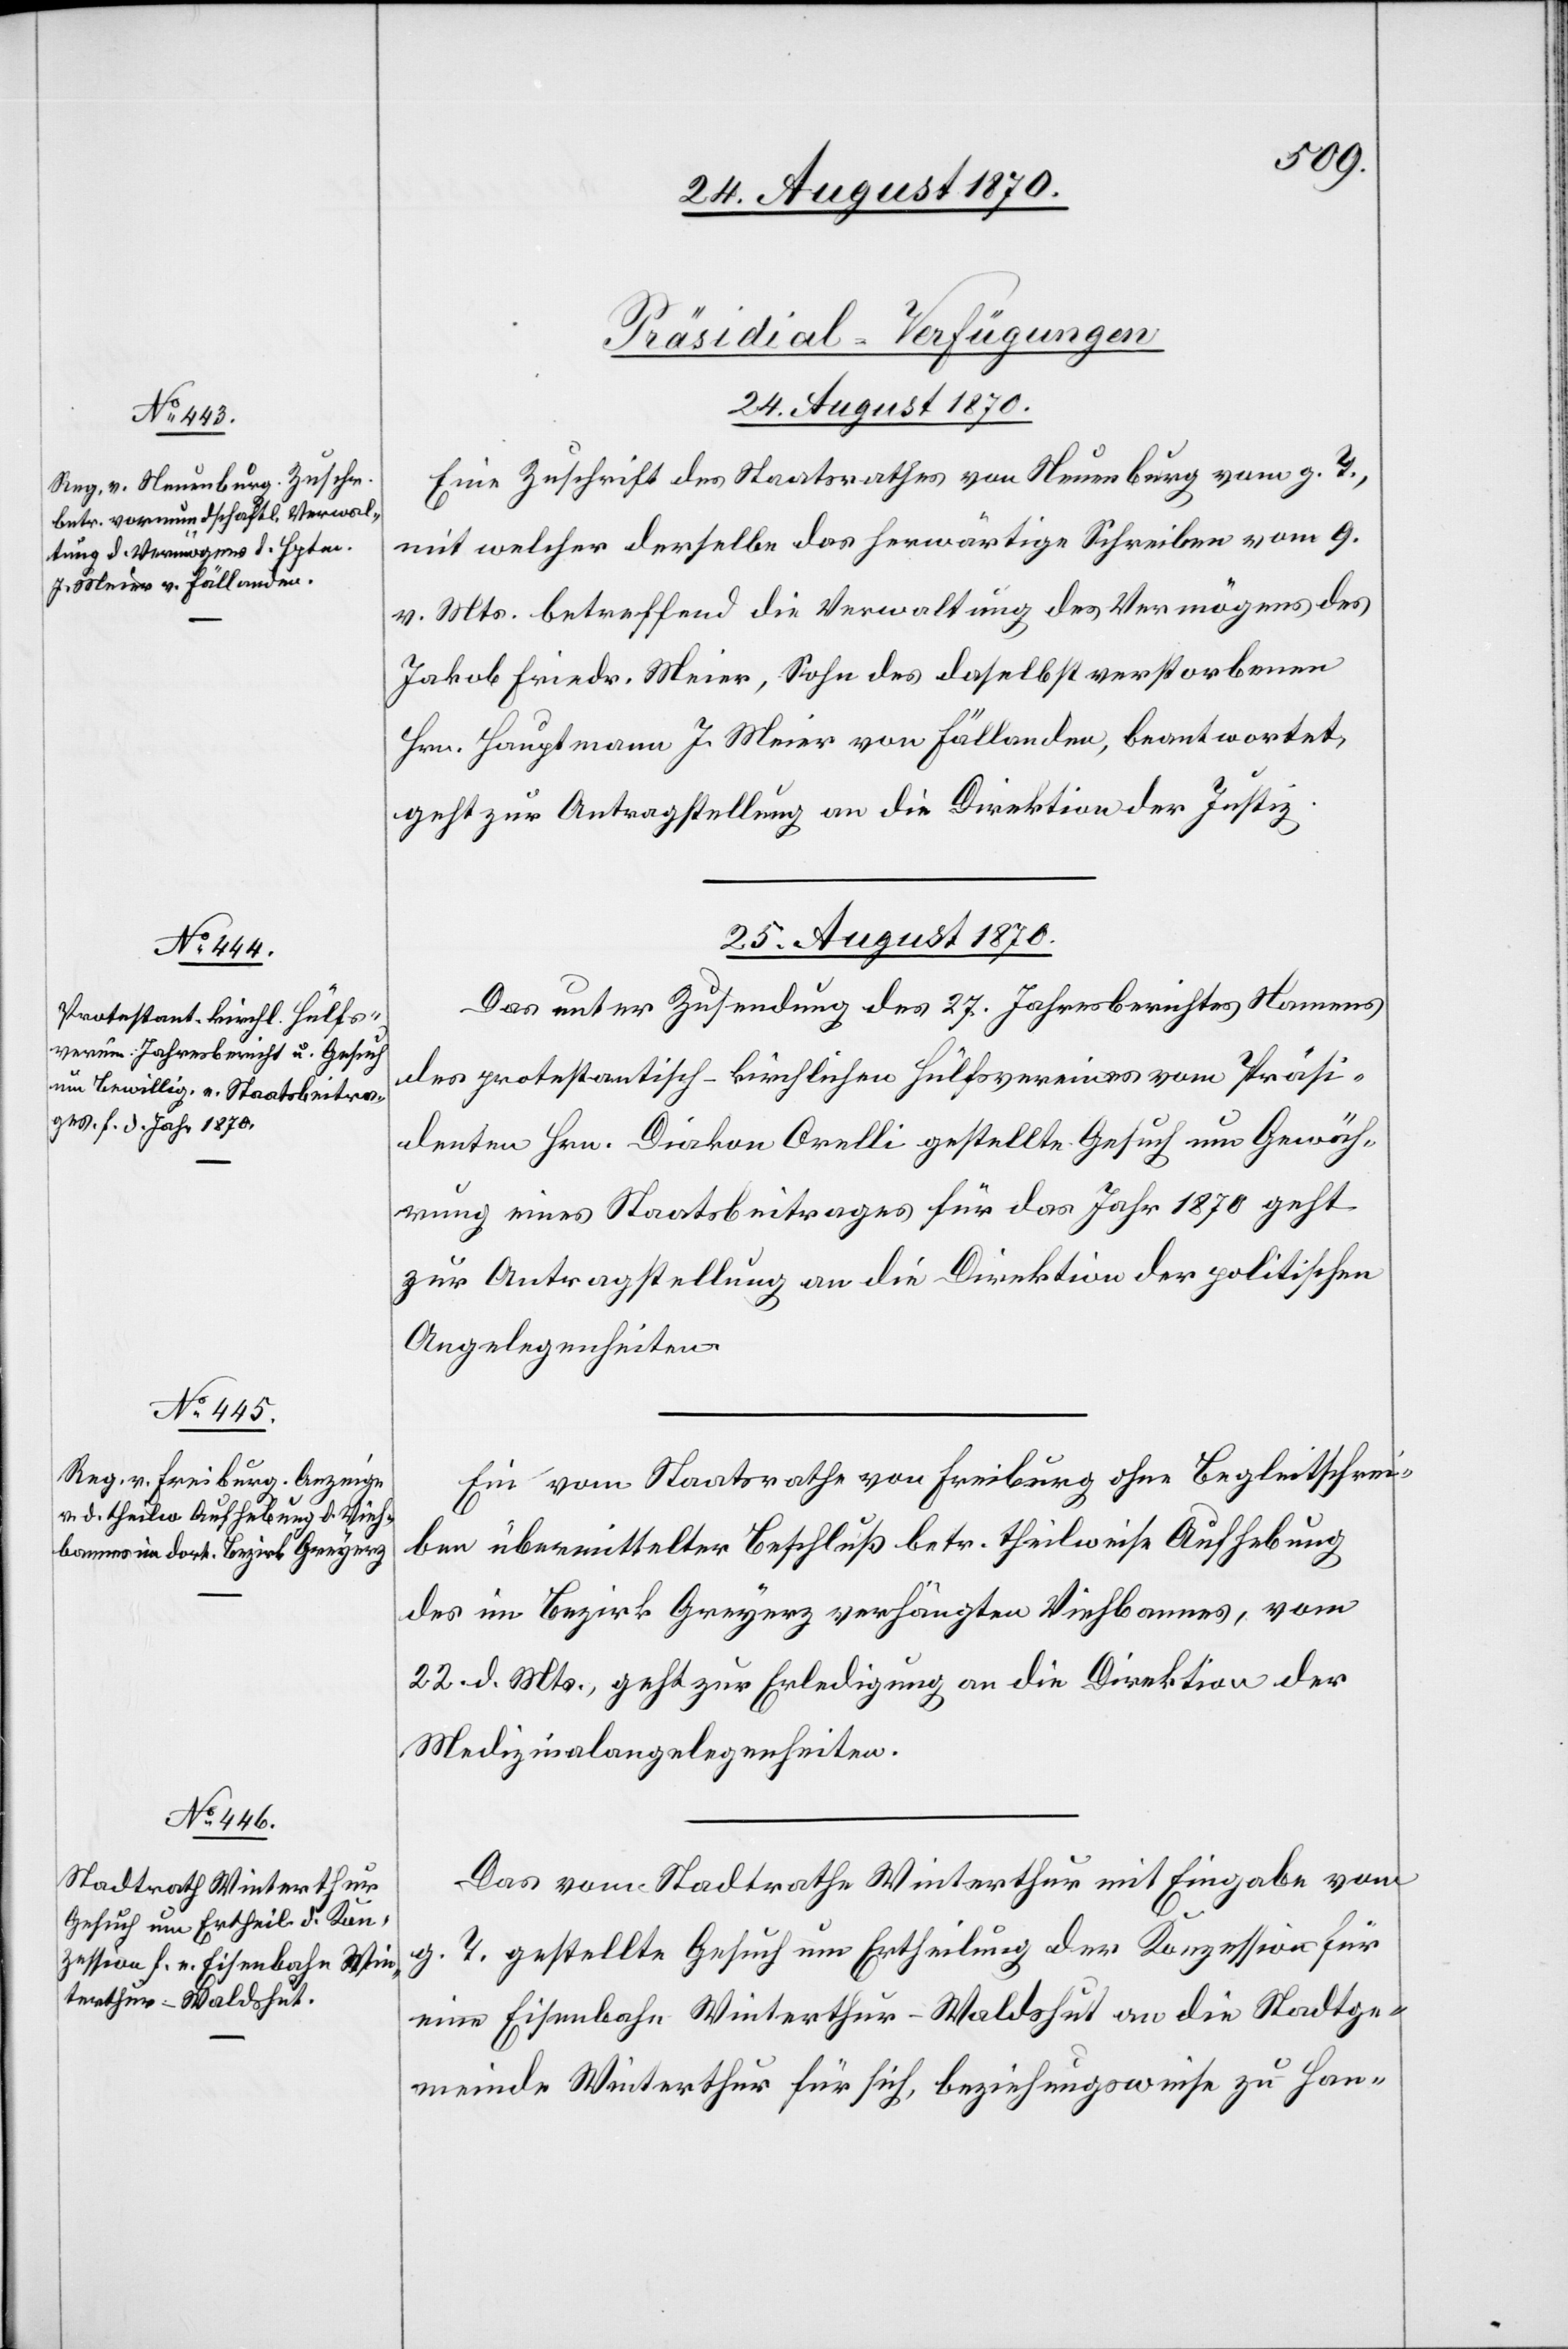
[Präsidial-Verfügungen.
25. August 1870.]
Eine Zuschrift des Staatsrathes von Neuenburg vom g. T.,
mit welcher derselbe das herwärtige Schreiben vom 9.
v. Mts. betreffend die Verwaltung des Vermögens des
Jakob Friedr. Meier, Sohn des daselbst verstorbenen
Hrn. Hauptmann J. Meier von Fällanden, beantwortet,
geht zur Antragstellung an die Direktion der Justiz.
25. August 1870.
Das unter Zusendung des 27. Jahresberichtes Namens
des protestantisch-kirchlichen Hülfsvereines vom Präsi¬
denten Hrn. Diakon Orelli gestellte Gesuch um Gewäh¬
rung eines Staatsbeitrages für das Jahr 1870 geht
zur Antragstellung an die Direktion der politischen
Angelegenheiten.
Ein vom Staatsrathe von Freiburg ohne Begleitschrei¬
ben übermittelter Beschluß betr. theilweise Aufhebung
des im Bezirk Greyerz verhängten Viehbannes, vom
22. d. Mts., geht zur Erledigung an die Direktion der
Medizinalangelegenheiten.
Das vom Stadtrath Winterthur mit Eingabe vom
T. gestellte Gesuch um Ertheilung der Konzession für
g.
eine Eisenbahn Winterthur–Waldshut an die Stadtge¬
meinde Winterthur für sich, beziehungsweise zu Han-